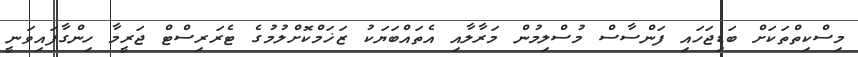
މިސްކިތްތަކަށް ބަޑިޖަހައި ފަންސާސް މުސްލިމުން މަރާލާއި އެތައްބަޔަކު ޒަޚަމްކޮށްލުމުގެ ޓެރަރިސްޓް ޖަރީމާ ހިންގާފައިވަނީ